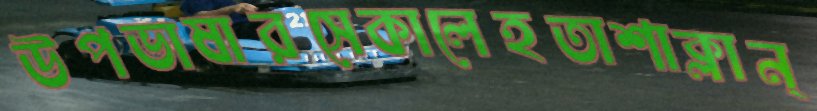
উপভাষারসেকালেহতাশাক্লান্